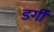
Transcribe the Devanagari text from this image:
डर्गी